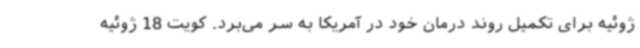
ژوئیه برای تکمیل روند درمان خود در آمریکا به سر می‌برد. کویت 18 ژوئیه